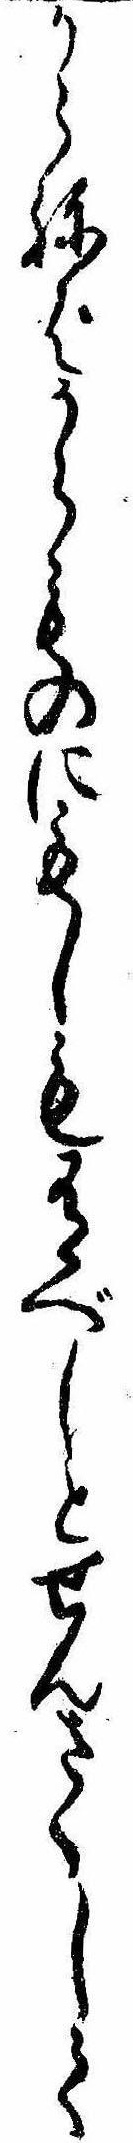
からねばからものにもしも有べしとせんさくして